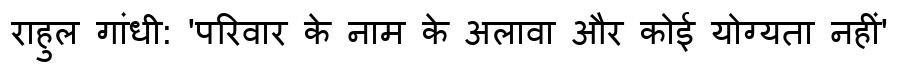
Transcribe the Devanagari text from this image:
राहुल गांधी: 'परिवार के नाम के अलावा और कोई योग्यता नहीं'